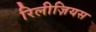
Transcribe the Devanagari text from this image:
रिलीज़ियस